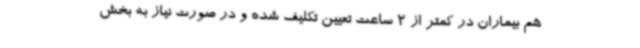
هم بیماران در کمتر از 2 ساعت تعیین تکلیف شده و در صورت نیاز به بخش